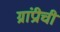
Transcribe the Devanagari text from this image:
ग्रांप्रीची